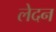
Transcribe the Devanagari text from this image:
लेदन